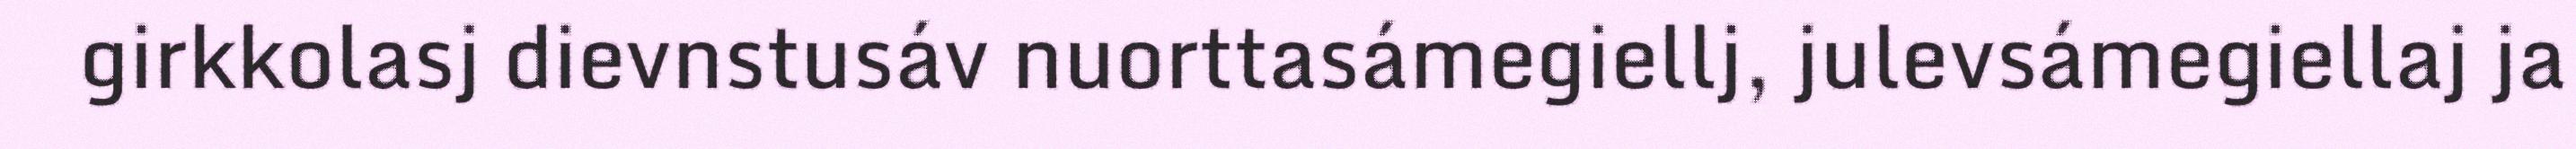
girkkolasj dievnstusáv nuorttasámegiellj, julevsámegiellaj ja